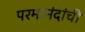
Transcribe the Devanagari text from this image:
परमानंदांची